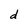
Character: d